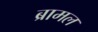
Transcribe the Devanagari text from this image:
ब्रामल